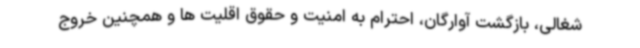
شغالی، بازگشت آوارگان، احترام به امنیت و حقوق اقلیت ها و همچنین خروج